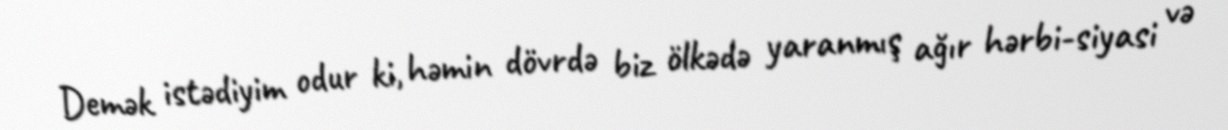
Demək istədiyim odur ki, həmin dövrdə biz ölkədə yaranmış ağır hərbi-siyasi və